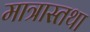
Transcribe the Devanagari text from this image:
मात्रास्तथा